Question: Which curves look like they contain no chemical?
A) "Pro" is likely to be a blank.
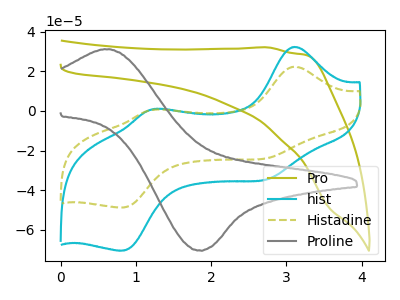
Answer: <think>The olive curve "Pro" has no peaks. The cyan curve "hist" has anodic peaks at (3.10V, 32.40uA) (1.25V, 1.05uA) and cathodic peaks at (2.80V, -34.05uA) (0.85V, -70.50uA). The olive dashed curve "Histadine" has anodic peaks at (3.10V, 22.40uA) (1.25V, 0.75uA) and cathodic peaks at (2.80V, -23.55uA) (0.85V, -48.70uA). The gray curve "Proline" has an anodic peak at (0.60V, 31.20uA) and a cathodic peak at (1.85V, -70.45uA).</think>
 <answer>A) "Pro" is likely to be a blank.</answer>
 <eval>A</eval>